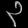
Digit: ၃